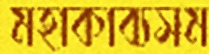
মহাকাব্যসম